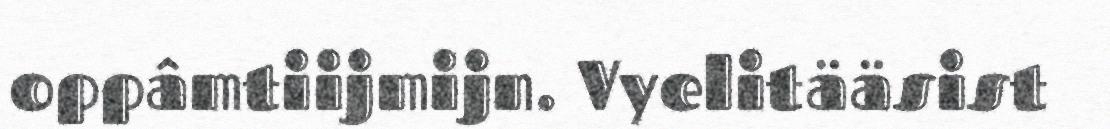
oppâmtiijmijn. Vyelitääsist